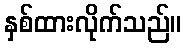
နှစ်ထားလိုက်သည်။